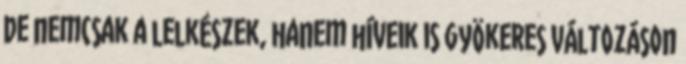
De nemcsak a lelkészek, hanem híveik is gyökeres változáson